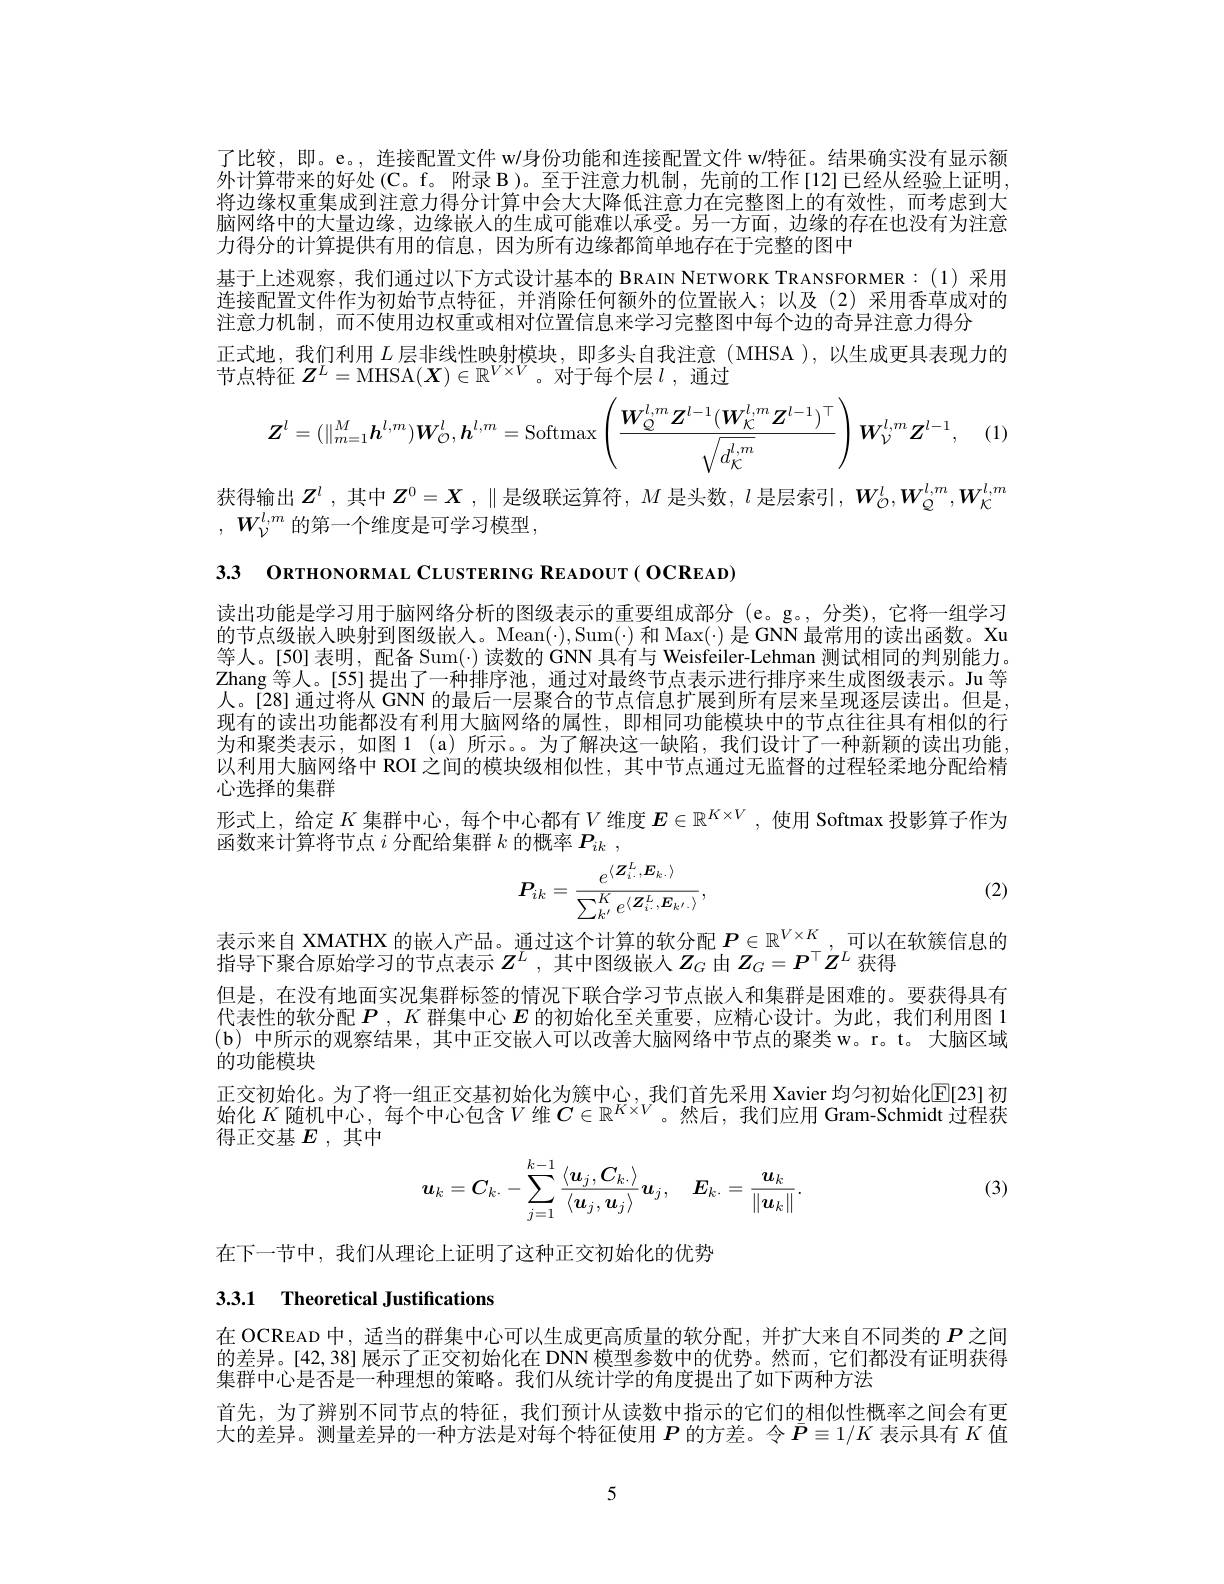
了比较，即。e。, 连接配置文件 w/身份功能和连接配置文件 w/特征。结果确实没有显示额外计算带来的好处(C。f。附录 B)。至于注意力机制，先前的工作[12]已经从经验上证明， 将边缘权重集成到注意力得分计算中会大大降低注意力在完整图上的有效性，而考虑到大脑网络中的大量边缘，边缘嵌入的生成可能难以承受。另一方面，边缘的存在也没有为注意力得分的计算提供有用的信息，因为所有边缘都简单地存在于完整的图中
基于上述观察，我们通过以下方式设计基本的 BRAIN NETWORK TRANSFORMER:(1) 采用连接配置文件作为初始节点特征，并消除任何额外的位置嵌入；以及(2)采用香草成对的注意力机制，而不使用边权重或相对位置信息来学习完整图中每个边的奇异注意力得分
正式地，我们利用$L$层非线性映射模块，即多头自我注意(MHSA),以生成更具表现力的
节点特征$Z^L=$MHSA$(\boldsymbol{X})\in\mathbb{R}^V\times V$。对于每个层$l$,通过

(1)
$$Z^{l}=(\|_{m=1}^{M}\boldsymbol{h}^{l,m})\boldsymbol{W}_{\mathcal{O}}^{l},\boldsymbol{h}^{l,m}=\mathrm{Softmax}\left(\frac{\boldsymbol{W}_{\mathcal{Q}}^{l,m}\boldsymbol{Z}^{l-1}(\boldsymbol{W}_{\mathcal{K}}^{l,m}\boldsymbol{Z}^{l-1})^{\top}}{\sqrt{d_{\mathcal{K}}^{l,m}}}\right)\boldsymbol{W}_{\mathcal{V}}^{l,m}\boldsymbol{Z}^{l-1},$$
获得输出$Z^l$ ,其中 $Z^0=X$ ,$\parallel$是级联运算符，$M$ 是头数，$l$ 是层索引，$W_{\mathcal{O}}^l,W_{\mathcal{Q}}^{l,m},W_{\mathcal{K}}^{l,m}$
, $W_{\nu }^{l, m}$ 的第一个维度是可学习模型，

3.3 ОктномовмаL СLUSTERING READOUT( OCREAD)

读出功能是学习用于脑网络分析的图级表示的重要组成部分 (e。g。,分类),它将一组学习的节点级嵌人映射到图级嵌人。Mean($\cdot),Sum(\cdot) 和 Max(\cdot) 是 GNN 最常用的读出函数。Xu$ 等人。[50] 表明，配备 Sum(·) 读数的 GNN 具有与 Weisfeiler-Lehman 测试相同的判别能力。Zhang 等人。[55]提出了一种排序池，通过对最终节点表示进行排序来生成图级表示。Ju 等人。[28] 通过将从 GNN 的最后一层聚合的节点信息扩展到所有层来呈现逐层读出。但是， 现有的读出功能都没有利用大脑网络的属性，即相同功能模块中的节点往往具有相似的行为和聚类表示，如图1 (a)所示。为了解决这一缺陷，我们设计了一种新颖的读出功能， 以利用大脑网络中 ROI 之间的模块级相似性，其中节点通过无监督的过程轻柔地分配给精心选择的集群
形式上，给定$K$集群中心，每个中心都有$V$维度$E\in \mathbb{R} ^{K\times V}$ , 使用 Softmax 投影算子作为
函数来计算将节点$i$分配给集群$k$的概率$P_ik$,
$$P_{ik}=\frac{e^{\langle\boldsymbol{Z}_{i.}^{L},\boldsymbol{E}_{k.}\rangle}}{\sum_{k'}^{K}e^{\langle\boldsymbol{Z}_{i.}^{L},\boldsymbol{E}_{k'.}\rangle}},$$
(2)

表示来自 XMATHX 的嵌入产品。通过这个计算的软分配 $P\in\mathbb{R}^{V\times K}$,可以在软簇信息的
指导下聚合原始学习的节点表示$Z^L$ ,其中图级嵌入$Z_G$由$Z_G=P^\top Z^L$获得
但是，在没有地面实况集群标签的情况下联合学习节点嵌人和集群是困难的。要获得具有代表性的软分配$P,K$群集中心$E$的初始化至关重要，应精心设计。为此，我们利用图 1 $(\mathbf{b})$中所示的观察结果，其中正交嵌人可以改善大脑网络中节点的聚类 w。r。t。大脑区域的功能模块
正交初始化。为了将一组正交基初始化为簇中心，我们首先采用 Xavier 均匀初始化E[23] 初始化 $K$ 随机中心，每个中心包含$V$ 维$C\in\mathbb{R}^K\times V$。然后，我们应用 Gram-Schmidt 过程获得正交基$E$ ,其中

(3)
$$\boldsymbol{u}_k=\boldsymbol{C}_{k\cdot}-\sum_{j=1}^{k-1}\frac{\langle\boldsymbol{u}_j,\boldsymbol{C}_{k\cdot}\rangle}{\langle\boldsymbol{u}_j,\boldsymbol{u}_j\rangle}\boldsymbol{u}_j,\quad\boldsymbol{E}_{k\cdot}=\frac{\boldsymbol{u}_k}{\|\boldsymbol{u}_k\|}.$$
在下一节中，我们从理论上证明了这种正交初始化的优势

## 3.3.1 Theoretical Justifications

在 OCREAD 中，适当的群集中心可以生成更高质量的软分配，并扩大来自不同类的$P$之间的差异。[42,38] 展示了正交初始化在 DNN 模型参数中的优势。然而，它们都没有证明获得集群中心是否是一种理想的策略。我们从统计学的角度提出了如下两种方法
首先，为了辨别不同节点的特征，我们预计从读数中指示的它们的相似性概率之间会有更大的差异。测量差异的一种方法是对每个特征使用$P$的方差。令$\bar{P}\equiv1/K$表示具有$K$值

5